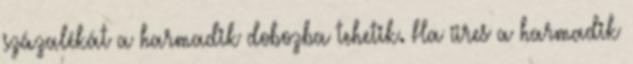
százalékát a harmadik dobozba tehetik. Ha üres a harmadik